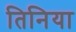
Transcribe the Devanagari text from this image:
तिनिया